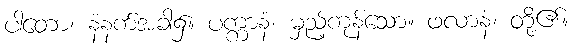
ပါတော၊ နံနက်အခါ၌။ ပက္ကာနံ၊ မှည့်ကုန်သော။ ဖလာနံ၊ တို့၏။